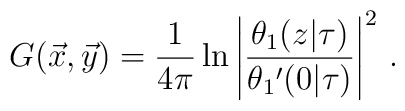
G(\vec x, \vec y)= {1\over 4\pi} \ln \left| {\theta_1(z|\tau)\over \theta_1{'}(0|\tau)} \right|^2\,.